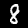
Label: 8